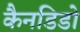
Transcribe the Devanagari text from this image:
कैनडिडो